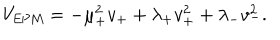
V _ { \mathrm { E P M } } = - \mu _ { + } ^ { 2 } v _ { + } + \lambda _ { + } v _ { + } ^ { 2 } + \lambda _ { - } v _ { - } ^ { 2 } .